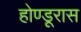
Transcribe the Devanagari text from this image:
होण्डूरास